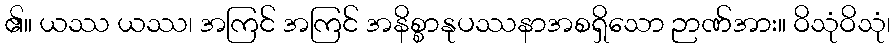
၏။ ယဿ ယဿ၊ အကြင် အကြင် အနိစ္စာနုပဿနာအစရှိသော ဉာဏ်အား။ ဝိသုံဝိသုံ၊